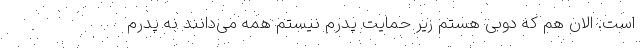
است. الان هم که دوبی هستم زیر حمایت پدرم نیستم همه می‌دانند نه پدرم